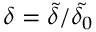
\delta = \tilde { \delta } / \tilde { \delta _ { 0 } }